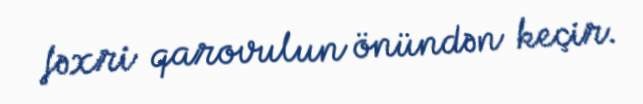
fəxri qarovulun önündən keçir.